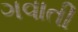
ગવાતી